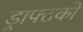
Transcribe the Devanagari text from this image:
ड्राफ्टको